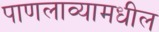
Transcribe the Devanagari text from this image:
पाणलाव्यामधील